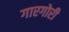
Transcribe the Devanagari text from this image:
गारगोरी